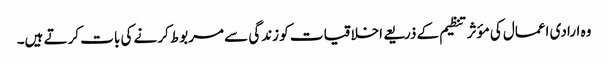
وہ ارادی اعمال کی مؤثر تنظیم کے ذریعے اخلاقیات کو زندگی سے مربوط کرنے کی بات کرتے ہیں۔